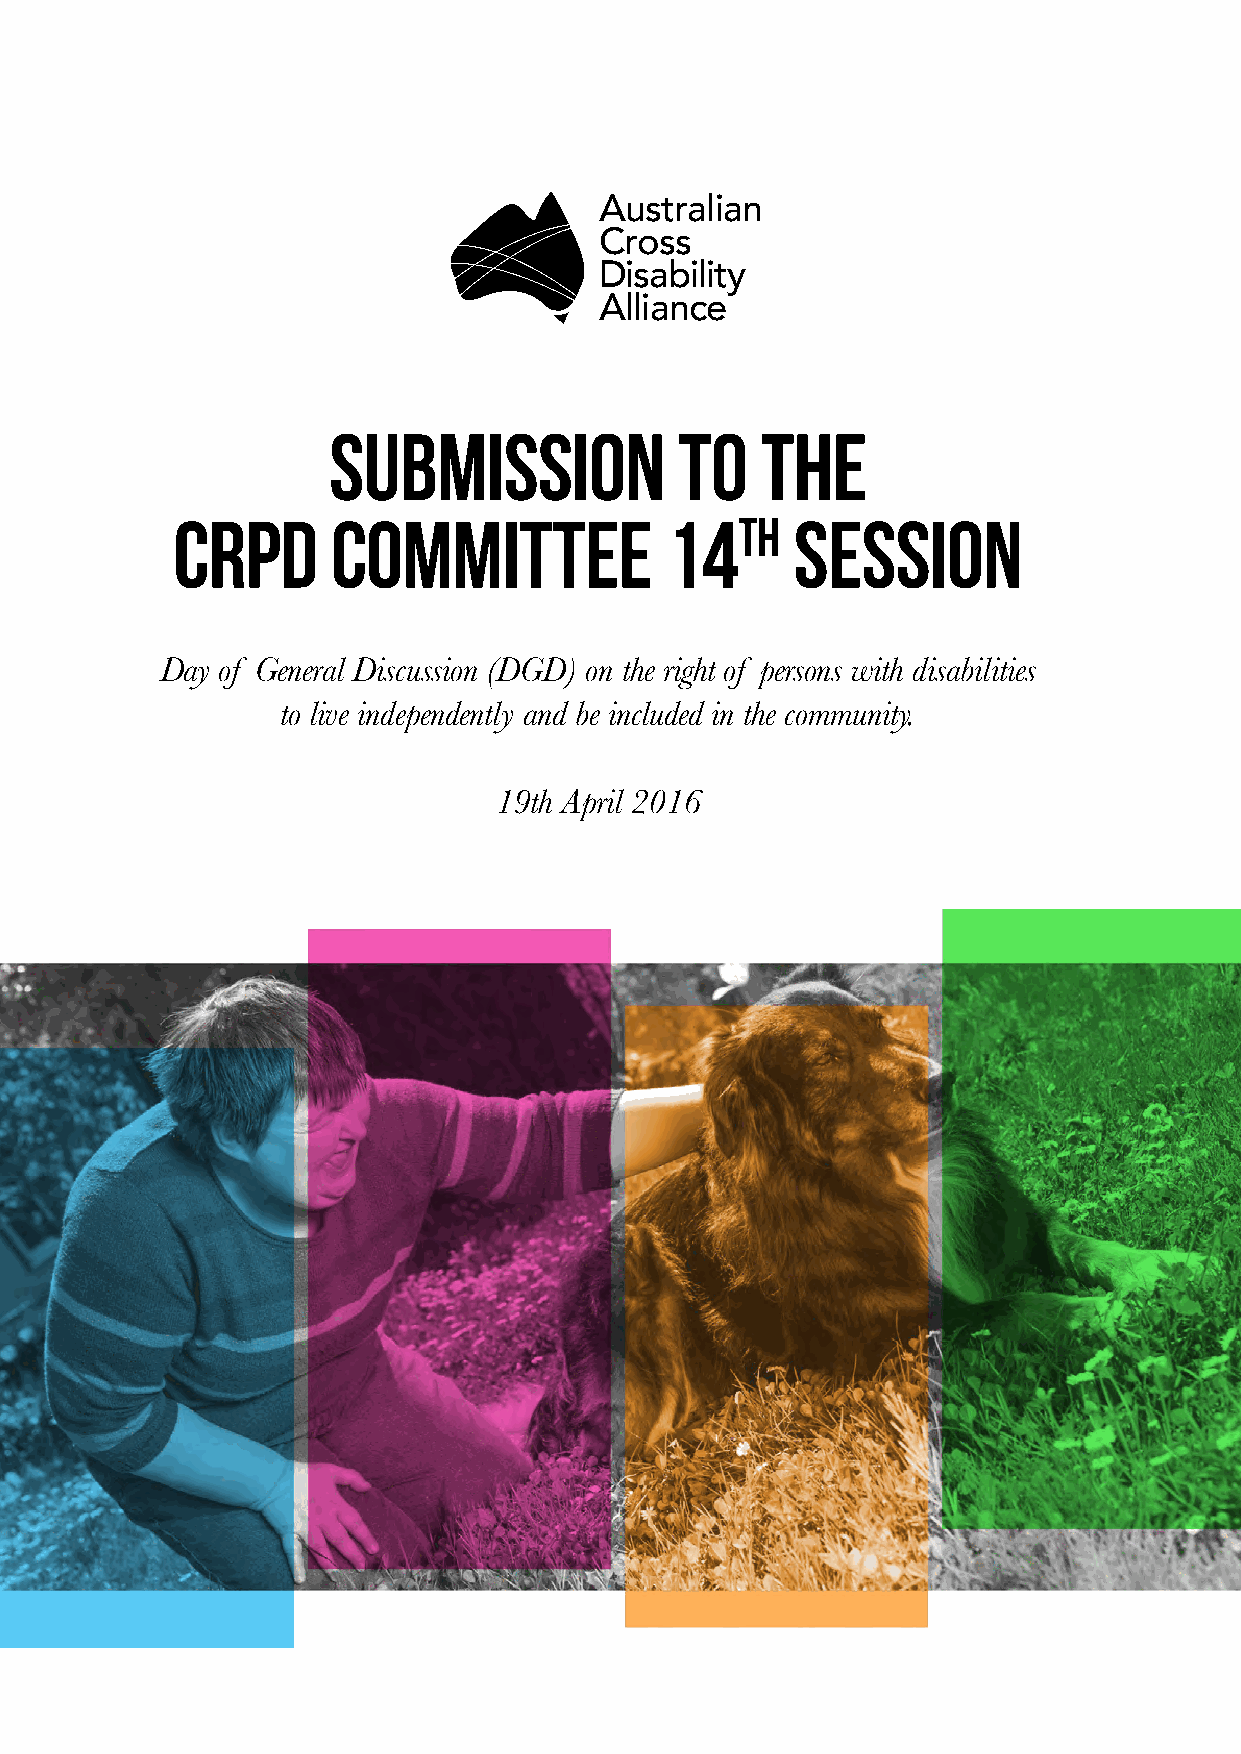
Australian
 Cross
 Disability
 Alliance
 Submission             to   the
 CRPD       Committee             14th     Session
 Day of General Discussion (DGD) on the right of persons with disabilities
 to live independently and be included in the community.
 19th April 2016